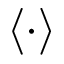
\left\langle \cdot \right\rangle